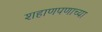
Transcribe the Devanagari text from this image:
शहाणपणाच्या